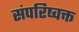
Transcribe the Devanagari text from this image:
संपरिष्वक्त